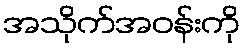
အသိုက်အဝန်းကို